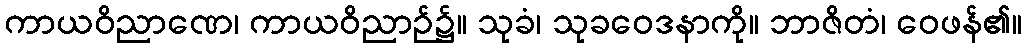
ကာယဝိညာဏေ၊ ကာယဝိညာဉ်၌။ သုခံ၊ သုခဝေဒနာကို။ ဘာဇိတံ၊ ဝေဖန်၏။